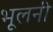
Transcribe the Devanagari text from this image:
भूलनी